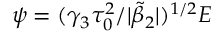
\psi = ( \gamma _ { 3 } \tau _ { 0 } ^ { 2 } / | \tilde { \beta } _ { 2 } | ) ^ { 1 / 2 } E